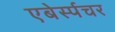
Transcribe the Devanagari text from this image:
एबेर्स्पचर